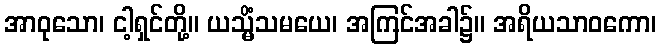
အာဝုသော၊ ငါ့ရှင်တို့။ ယသ္မိံသမယေ၊ အကြင်အခါ၌။ အရိယသာဝကော၊